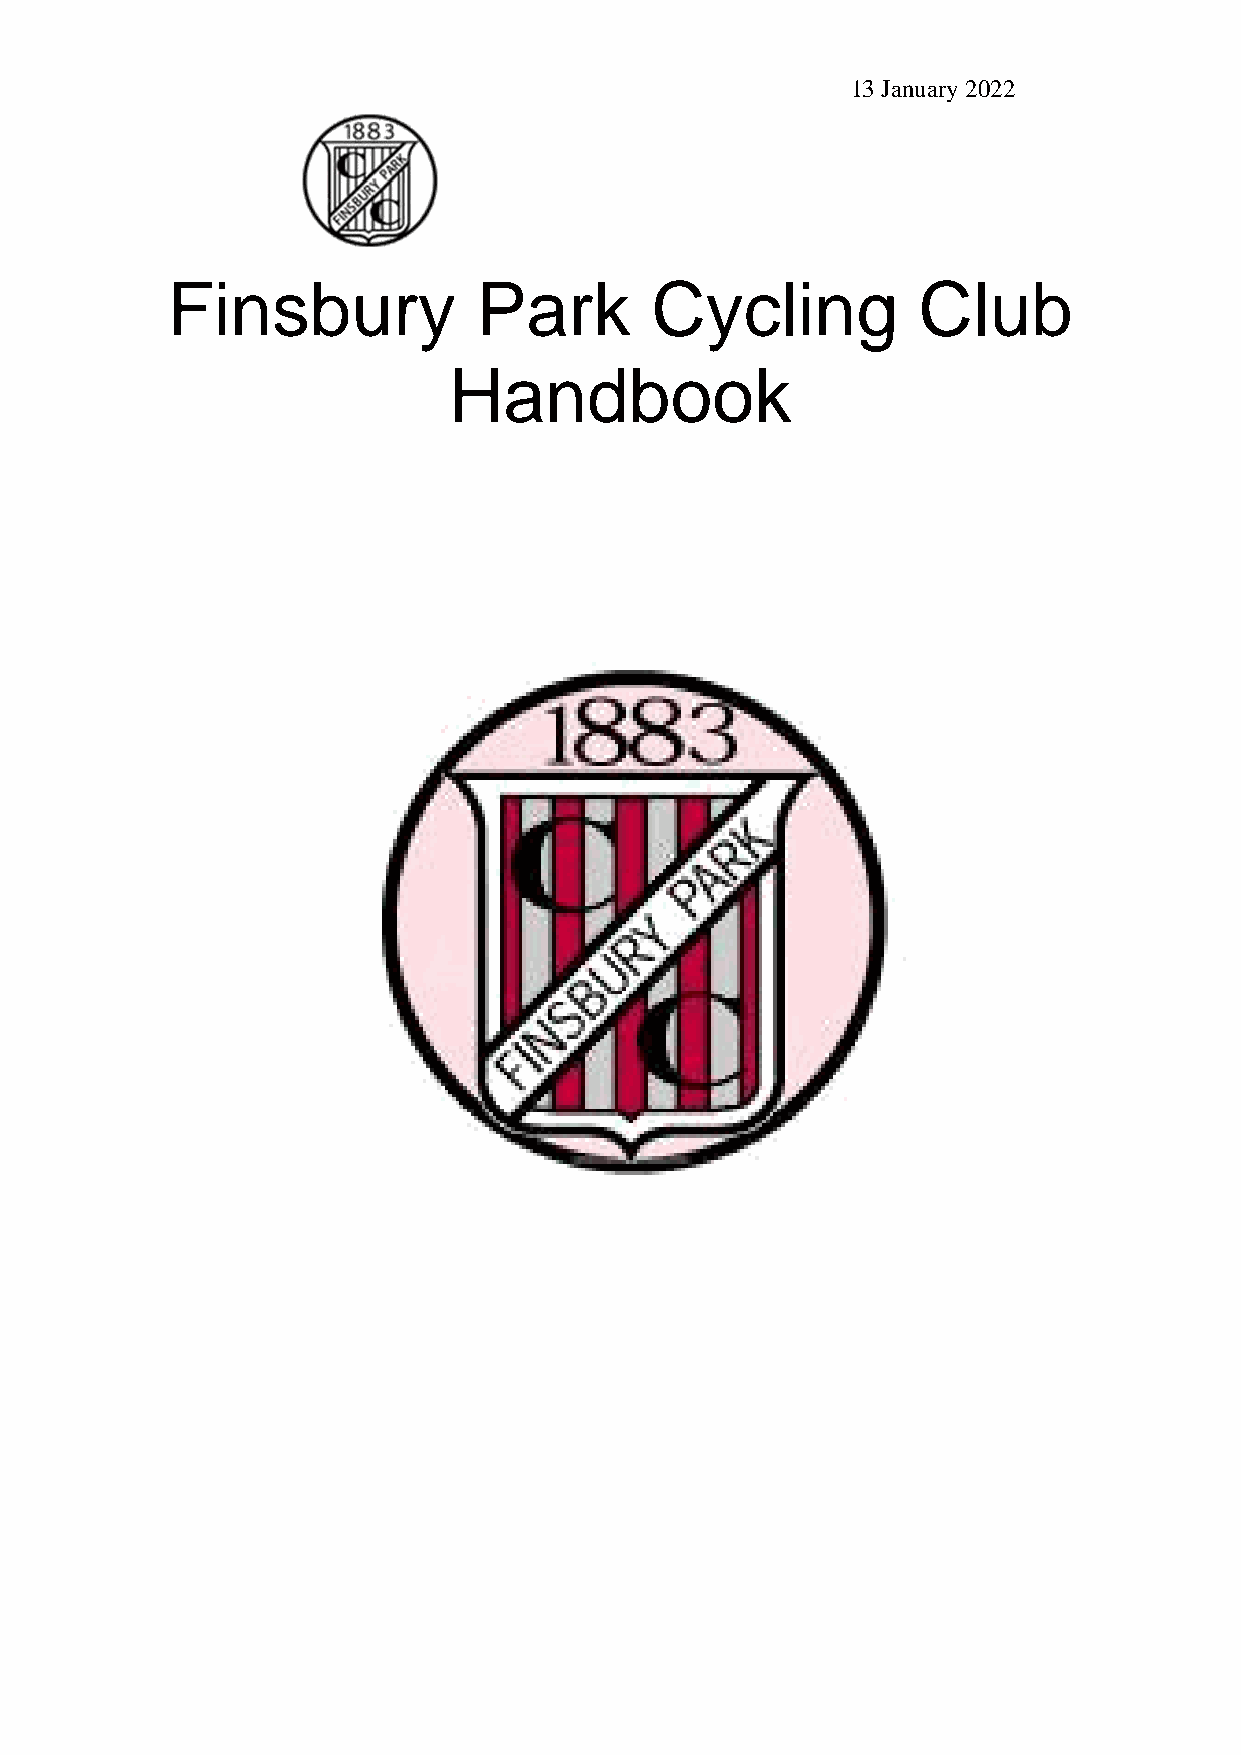
13 January 2022
 Finsbury             Park       Cycling           Club
 Handbook